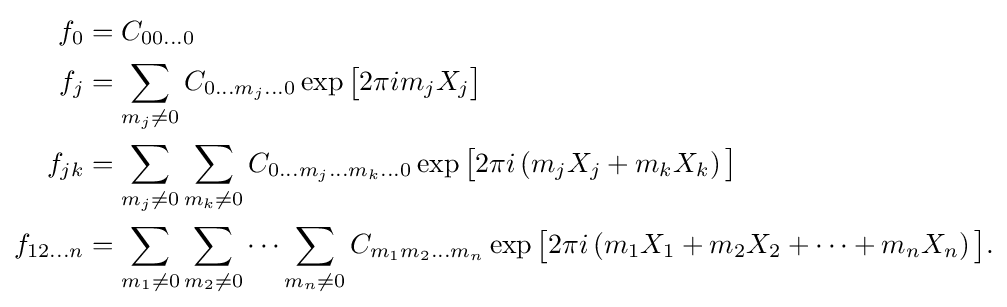
{\begin{aligned}f_{0}&=C_{00\dots 0}\\f_{j}&=\sum _{m_{j}\neq 0}C_{0\dots m_{j}\dots 0}\exp {\bigl [}2\pi im_{j}X_{j}{\bigr ]}\\f_{jk}&=\sum _{m_{j}\neq 0}\sum _{m_{k}\neq 0}C_{0\dots m_{j}\dots m_{k}\dots 0}\exp {\bigl [}2\pi i\left(m_{j}X_{j}+m_{k}X_{k}\right){\bigr ]}\\f_{12\dots n}&=\sum _{m_{1}\neq 0}\sum _{m_{2}\neq 0}\cdots \sum _{m_{n}\neq 0}C_{m_{1}m_{2}\dots m_{n}}\exp {\bigl [}2\pi i\left(m_{1}X_{1}+m_{2}X_{2}+\cdots +m_{n}X_{n}\right){\bigr ]}.\end{aligned}}